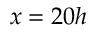
x = 2 0 h